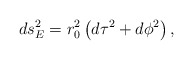
\begin{align*}ds_E^2=r^2_0\left(d\tau^2+d\phi^2\right),\end{align*}